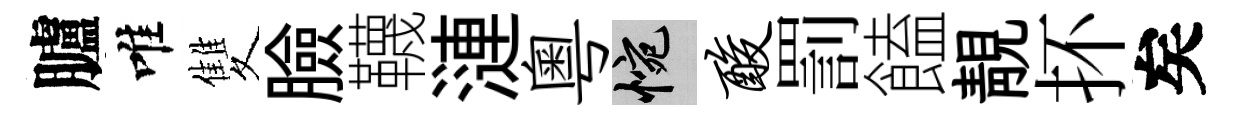
臚唯雙臉韈漣粤惋酸罰饁靚抔矣